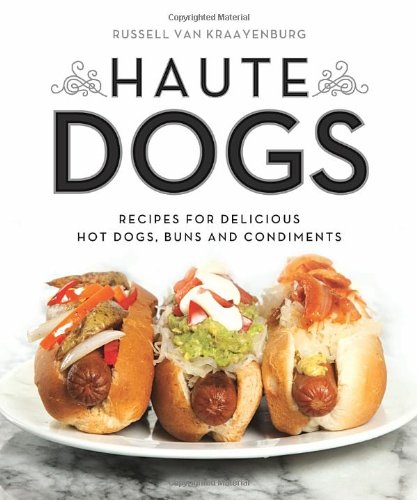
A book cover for Haute Dogs: Recipes for Delicious Hot Dogs, Buns, and Condiments; Russell van Kraayenburg; Cookbooks, Food & Wine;